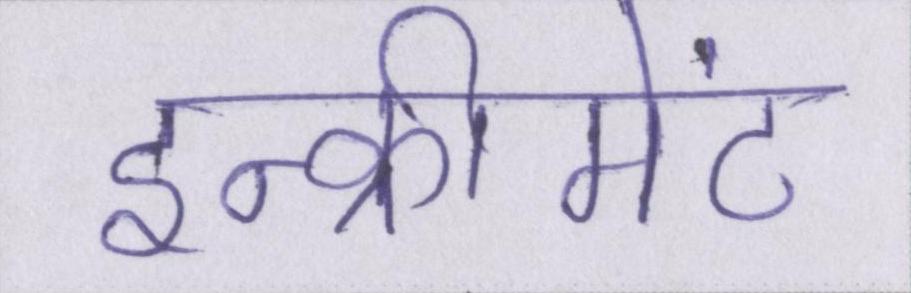
इन्क्रीमेंट